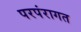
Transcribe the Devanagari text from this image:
परपंरागत